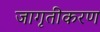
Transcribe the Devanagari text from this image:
जागृतीकरण